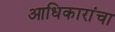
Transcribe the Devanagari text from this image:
आधिकारांचा